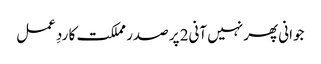
جوانی پھر نہیں آنی2 پر صدر مملکت کا ردِ عمل